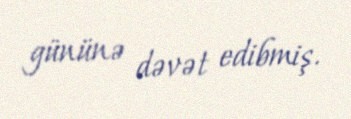
gününə dəvət edibmiş.